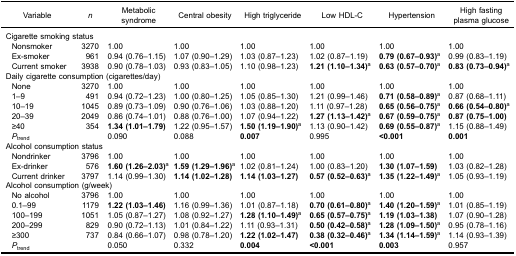
<table><thead><tr><td><b>Variable</b></td><td><b><i>n</i></b></td><td><b>Metabolicsyndrome</b></td><td><b>Central obesity</b></td><td><b>High triglyceride</b></td><td><b>Low HDL-C</b></td><td><b>Hypertension</b></td><td><b>High fastingplasma glucose</b></td></tr></thead><tbody><tr><td colspan="8">Cigarette smoking status</td></tr><tr><td> Nonsmoker</td><td>3270</td><td>1.00</td><td>1.00</td><td>1.00</td><td>1.00</td><td>1.00</td><td>1.00</td></tr><tr><td> Ex-smoker</td><td>961</td><td>0.94 (0.76–1.15)</td><td>1.07 (0.90–1.29)</td><td>1.03 (0.87–1.23)</td><td>1.02 (0.87–1.19)</td><td><b>0.79 (0.67–0.93)</b><sup>a</sup></td><td>0.99 (0.83–1.19)</td></tr><tr><td> Current smoker</td><td>3938</td><td>0.90 (0.78–1.03)</td><td>0.93 (0.83–1.05)</td><td>1.10 (0.98–1.23)</td><td><b>1.21 (1.10–1.34)</b><sup>a</sup></td><td><b>0.63 (0.57–0.70)</b><sup>a</sup></td><td><b>0.83 (0.73–0.94)</b><sup>a</sup></td></tr><tr><td colspan="8">Daily cigarette consumption (cigarettes/day)</td></tr><tr><td> None</td><td>3270</td><td>1.00</td><td>1.00</td><td>1.00</td><td>1.00</td><td>1.00</td><td>1.00</td></tr><tr><td> 1–9</td><td>491</td><td>0.94 (0.72–1.23)</td><td>1.00 (0.80–1.25)</td><td>1.05 (0.85–1.30)</td><td>1.21 (0.99–1.46)</td><td><b>0.71 (0.58–0.89)</b><sup>a</sup></td><td>0.87 (0.68–1.11)</td></tr><tr><td> 10–19</td><td>1045</td><td>0.89 (0.73–1.09)</td><td>0.90 (0.76–1.06)</td><td>1.03 (0.88–1.20)</td><td>1.11 (0.97–1.28)</td><td><b>0.65 (0.56–0.75)</b><sup>a</sup></td><td><b>0.66 (0.54–0.80)</b><sup>a</sup></td></tr><tr><td> 20–39</td><td>2049</td><td>0.86 (0.74–1.01)</td><td>0.88 (0.76–1.00)</td><td>1.07 (0.94–1.22)</td><td><b>1.27 (1.13–1.42)</b><sup>a</sup></td><td><b>0.67 (0.59–0.75)</b><sup>a</sup></td><td><b>0.87 (0.75–1.00)</b></td></tr><tr><td> ≥40</td><td>354</td><td><b>1.34 (1.01–1.79)</b></td><td>1.22 (0.95–1.57)</td><td><b>1.50 (1.19–1.90)</b><sup>a</sup></td><td>1.13 (0.90–1.42)</td><td><b>0.69 (0.55–0.87)</b><sup>a</sup></td><td>1.15 (0.88–1.49)</td></tr><tr><td> <i>P</i><sub>trend</sub></td><td> </td><td>0.090</td><td>0.088</td><td><b>0.007</b></td><td>0.995</td><td><b>&lt;0.001</b></td><td><b>0.001</b></td></tr><tr><td colspan="8">Alcohol consumption status</td></tr><tr><td> Nondrinker</td><td>3796</td><td>1.00</td><td>1.00</td><td>1.00</td><td>1.00</td><td>1.00</td><td>1.00</td></tr><tr><td> Ex-drinker</td><td>576</td><td><b>1.60 (1.26–2.03)</b><sup>a</sup></td><td><b>1.59 (1.29–1.96)</b><sup>a</sup></td><td>1.02 (0.81–1.24)</td><td>1.00 (0.83–1.20)</td><td><b>1.30 (1.07–1.59)</b></td><td>1.03 (0.82–1.28)</td></tr><tr><td> Current drinker</td><td>3797</td><td>1.14 (0.99–1.30)</td><td><b>1.14 (1.02–1.28)</b></td><td><b>1.14 (1.03–1.27)</b></td><td><b>0.57 (0.52–0.63)</b><sup>a</sup></td><td><b>1.35 (1.22–1.49)</b><sup>a</sup></td><td>1.05 (0.93–1.19)</td></tr><tr><td colspan="8">Alcohol consumption (g/week)</td></tr><tr><td> No alcohol</td><td>3796</td><td>1.00</td><td>1.00</td><td>1.00</td><td>1.00</td><td>1.00</td><td>1.00</td></tr><tr><td> 0.1–99</td><td>1179</td><td><b>1.22 (1.03–1.46)</b></td><td>1.16 (0.99–1.36)</td><td>1.01 (0.87–1.18)</td><td><b>0.70 (0.61–0.80)</b><sup>a</sup></td><td><b>1.40 (1.20–1.59)</b><sup>a</sup></td><td>1.01 (0.85–1.19)</td></tr><tr><td> 100–199</td><td>1051</td><td>1.05 (0.87–1.27)</td><td>1.08 (0.92–1.27)</td><td><b>1.28 (1.10–1.49)</b><sup>a</sup></td><td><b>0.65 (0.57–0.75)</b><sup>a</sup></td><td><b>1.19 (1.03–1.38)</b></td><td>1.07 (0.90–1.28)</td></tr><tr><td> 200–299</td><td>829</td><td>0.90 (0.72–1.13)</td><td>1.01 (0.84–1.22)</td><td>1.11 (0.93–1.31)</td><td><b>0.50 (0.42–0.58)</b><sup>a</sup></td><td><b>1.28 (1.09–1.50)</b><sup>a</sup></td><td>0.95 (0.78–1.16)</td></tr><tr><td> ≥300</td><td>737</td><td>0.84 (0.66–1.07)</td><td>0.98 (0.78–1.20)</td><td><b>1.22 (1.02–1.47)</b></td><td><b>0.38 (0.32–0.46)</b><sup>a</sup></td><td><b>1.34 (1.14–1.59)</b><sup>a</sup></td><td>1.14 (0.93–1.39)</td></tr><tr><td> <i>P</i><sub>trend</sub></td><td> </td><td>0.050</td><td>0.332</td><td><b>0.004</b></td><td><b>&lt;0.001</b></td><td><b>0.003</b></td><td>0.957</td></tr></tbody></table>